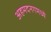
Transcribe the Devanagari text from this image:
अहमदनगमध्ये